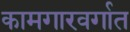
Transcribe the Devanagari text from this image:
कामगारवर्गात